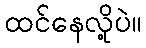
ထင်နေလို့ပဲ။